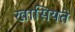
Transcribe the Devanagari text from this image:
खासियते